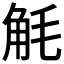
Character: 𮗥